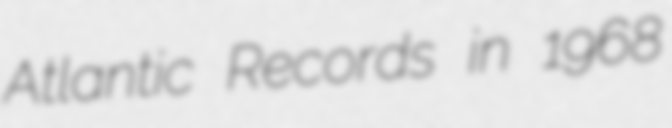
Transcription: Atlantic Records in 1968